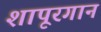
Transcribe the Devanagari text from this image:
शापूरगान